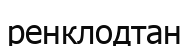
ренклодтан